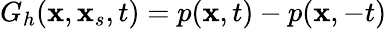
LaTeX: G_{h}(\textbf{x},\textbf{x}_{s},t)=p(\textbf{x},t)-p(\textbf{x},-t)